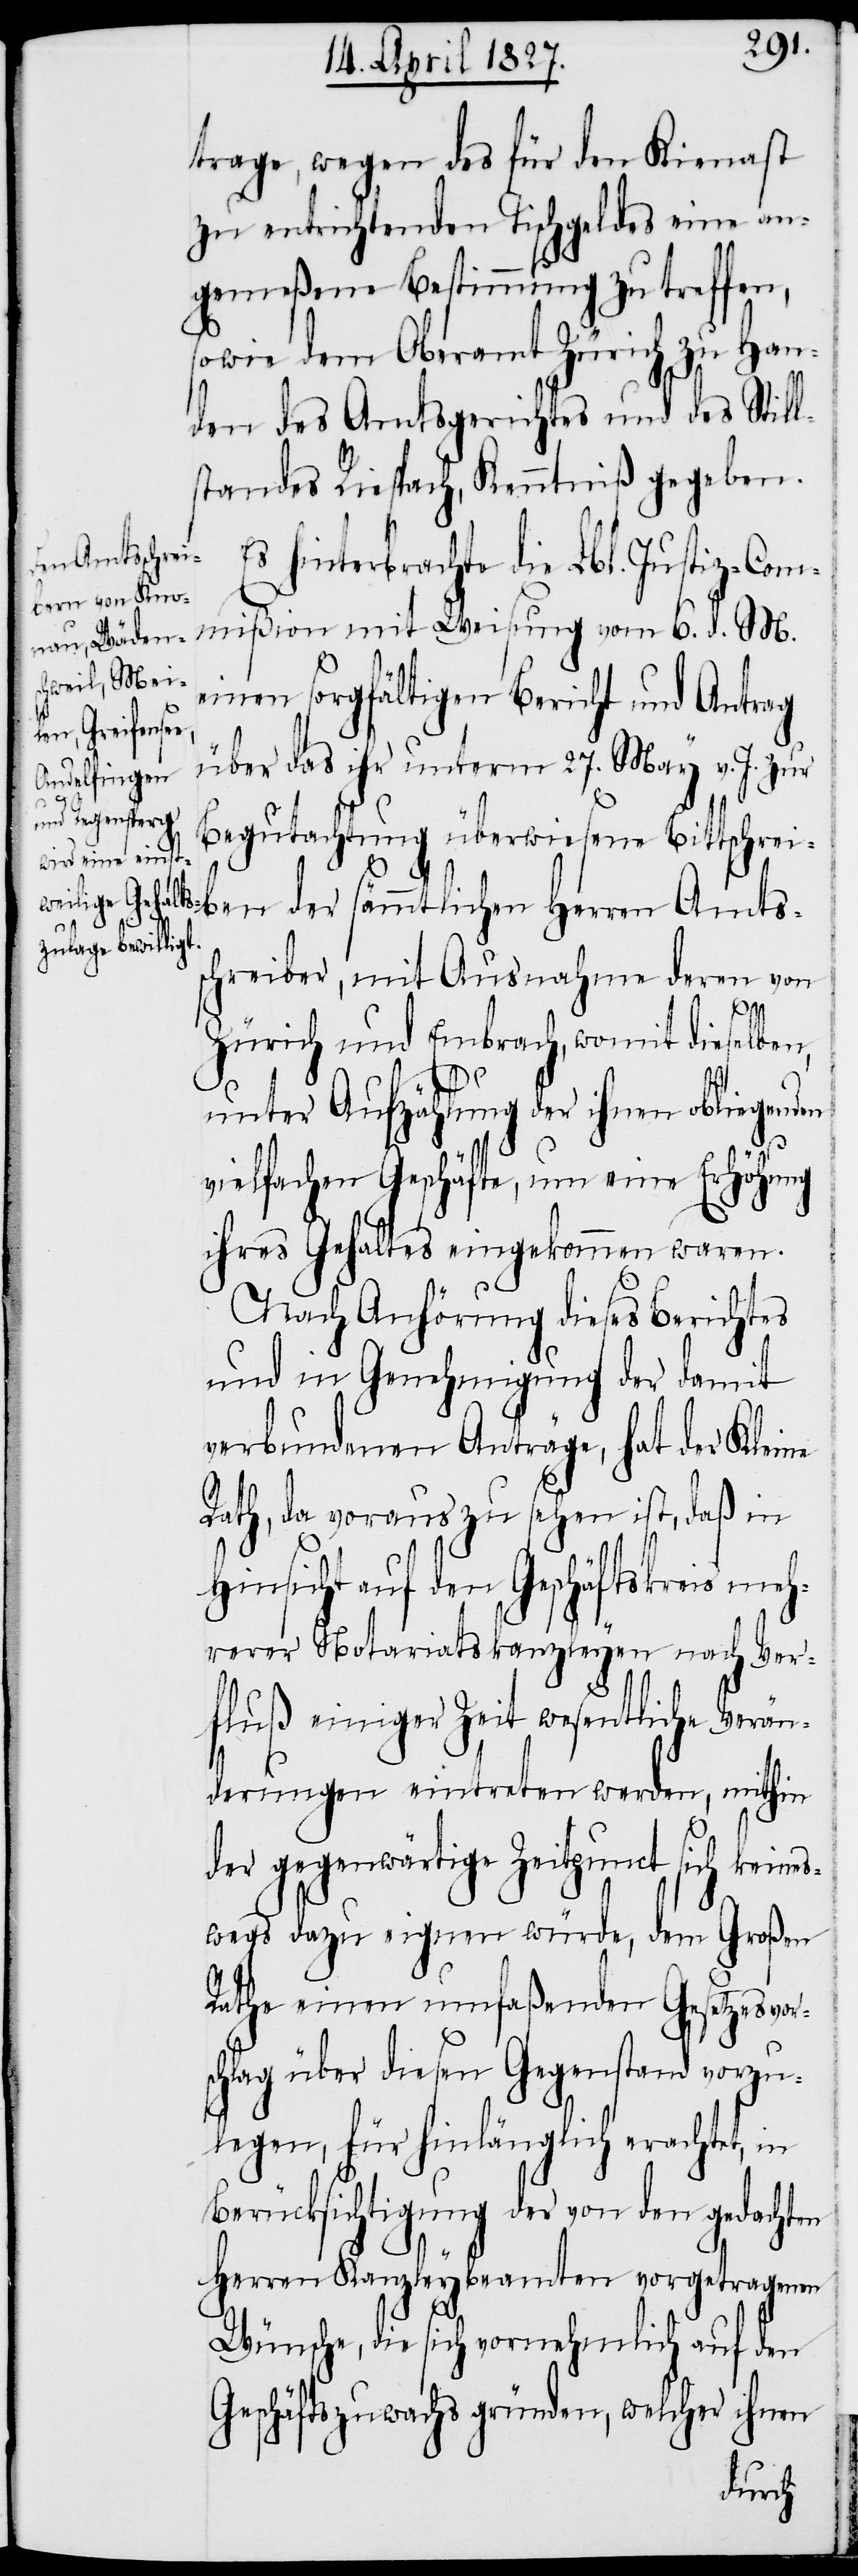
en

trage, wegen des für den Kienast
zu entrichtenden Tischgeldes eine an¬
gemeßene Bestimmung zu treffen,
sowie dem Oberamt Zürich zu Han¬
den des Amtsgerichtes und des Still¬
standes Riespach, Kenntniß gegeben.
Es hinterbrachte die Lbl. Justiz-Com¬
mißion mit Weisung vom 6. d. M.
einen sorgfältigen Bericht und Antrag
über das ihr unterm 27. May v. J. zur
Begutachtung überwiesene Bittschrei¬
ben der sämmtlichen Herren Amts¬
schreiber, mit Ausnahme deren von
Zürich und Embrach, womit dieselben,
unter Aufzählung der ihnen obliegend¬
vielfachen Geschäfte, um eine Erhöhung
ihres Gehaltes eingekommen waren.
Nach Anhörung dieses Berichtes
und in Genehmigung der damit
verbundenen Anträge, hat der Kleine
Rath, da voraus zu sehen ist, daß in
Hinsicht auf den Geschäftskreis meh¬
rerer Notariatskanzleyen nach Ver¬
fluß einiger Zeit wesentliche Verän¬
derungen eintreten werden, mithin
der gegenwärtige Zeitpunct sich keines¬
wegs dazu eignen würde, dem Großen
Rathe einen umfaßenden Gesetzesvor¬
schlag über diesen Gegenstand vorzu¬
legen, für hinlänglich erachtet, in
Berücksichtigung der von den gedachten
Herren Kanzleybeamten vorgetragenen
Wünsche, die sich vornehmlich auf den
Geschäftszuwachs gründen, welcher ihnen